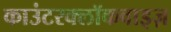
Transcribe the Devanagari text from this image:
काउंटरक्लॉकवाइज़